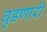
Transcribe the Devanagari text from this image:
बुडणारी